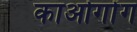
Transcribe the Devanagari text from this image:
काओगोंग